Lunatic asylums United Prov. 1922-30 - 1922-1930
Year: 1922
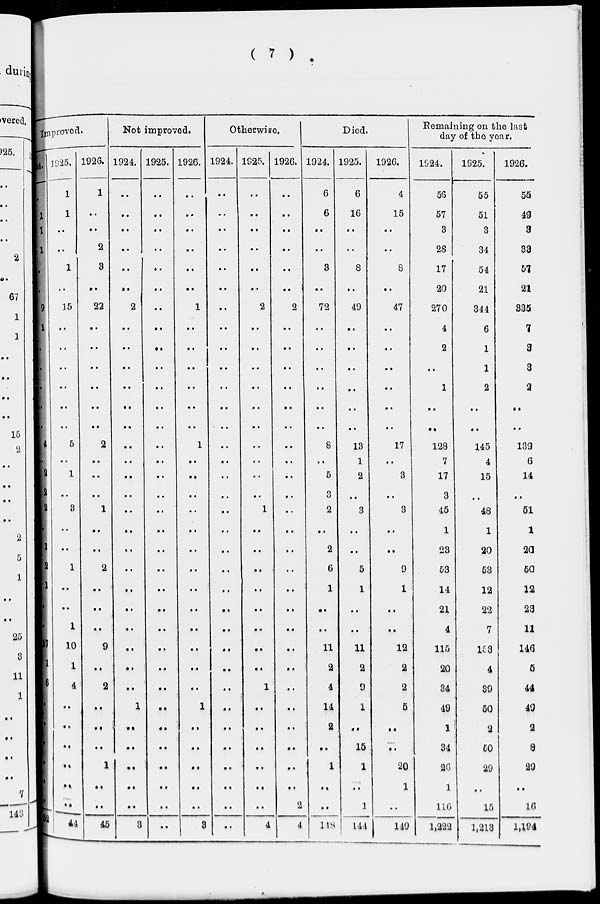
( 7 )
Improved.
1924.
..
1
1
1
..
..
9
1
..
..
..
..
..
4
.
2
2
2
..
1
2
1
..
..
17
1
6
..
..
..
..
..
..
52
1925.
1
1
..
..
1
..
15
..
..
..
..
..
..
5
..
1
..
3
..
..
1
..
..
1
10
1
4
..
..
..
..
..
..
44
1926.
1
..
..
2
3
..
22
..
..
..
..
..
..
2
..
..
..
1
..
..
2
..
..
..
9
..
2
..
..
..
1
..
..
45
Not improved.
1924.
..
..
..
..
..
..
2
..
..
..
..
..
..
..
..
..
..
..
..
..
..
..
..
..
..
..
..
1
..
..
..
..
..
3
1925.
..
..
..
..
..
..
..
..
..
..
..
..
..
..
..
..
..
..
..
..
..
..
..
..
..
..
..
..
..
..
..
..
..
..
1926.
..
..
..
..
..
..
1
..
..
..
..
..
..
1
..
..
..
..
..
..
..
..
..
..
..
..
..
1
..
..
..
..
..
3
Otherwise.
1924.
..
..
..
..
..
..
..
..
..
..
..
..
..
..
..
..
..
..
..
..
..
..
..
..
..
..
..
..
..
..
..
..
..
..
1925.
..
..
..
..
..
..
2
..
..
..
..
..
..
..
..
..
..
1
..
..
..
..
..
..
..
..
1
..
..
..
..
..
..
4
1926.
..
..
..
..
..
..
2
..
..
..
..
..
..
..
..
..
..
..
..
..
..
..
..
..
..
..
..
..
..
..
..
..
2
4
Died.
1924.
6
6
..
..
3
..
72
..
..
..
..
..
..
8
..
5
3
2
..
2
6
1
..
..
11
2
4
14
2
..
1
..
..
118
1925.
6
16
..
..
8
..
49
..
..
..
..
..
..
13
1
2
..
3
..
..
5
1
..
..
11
2
9
1
..
15
1
..
1
144
1926.
4
15
..
..
8
..
47
..
..
..
..
..
..
17
..
3
..
3
..
..
9
1
..
..
12
2
2
5
..
..
20
1
..
149
Remaining on the last
day of the year.
1G24.
56
57
3
28
17
20
270
4
2
..
1
..
..
128
7
17
3
45
1
23
53
14
21
4
115
20
34
49
1
34
26
1
116
1,222
1925.
55
51
3
34
54
21
344
6
1
1
2
..
..
145
4
15
..
48
1
20
53
12
22
7
153
4
39
50
2
50
29
..
15
1,213
1926.
55
49
3
33
57
21
335
7
3
3
2
..
..
139
6
14
..
51
1
20
50
12
23
11
146
5
44
49
2
8
29
..
16
1,194